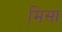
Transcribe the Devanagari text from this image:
मिसा